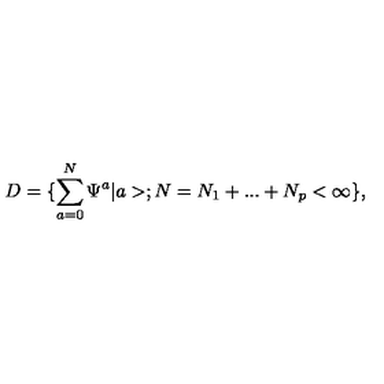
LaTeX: D = \{ \sum _ { a = 0 } ^ { N } \Psi ^ { a } | a > ; N = N _ { 1 } + . . . + N _ { p } < \infty \} ,